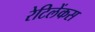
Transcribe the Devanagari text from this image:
रेटिलेंकस